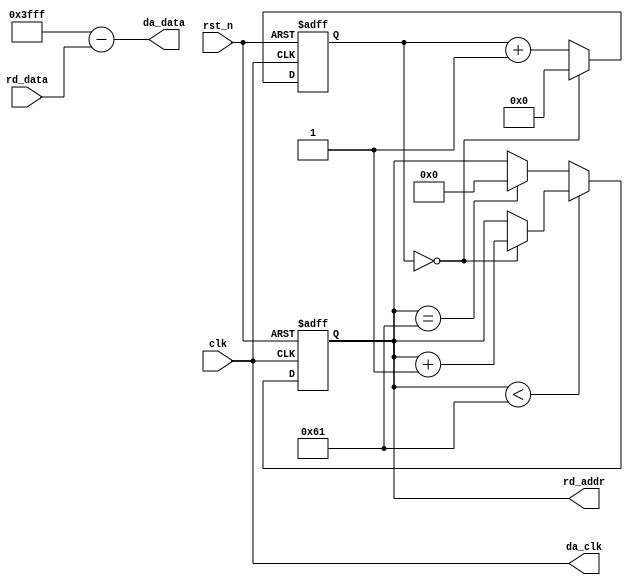
module dac_top(
	input clk,
	input rst_n,
	input [13:0] rd_data,
	output reg [6:0] rd_addr, //1024
	output [13:0] da_data,
	output da_clk
	);
	
parameter FREQ_ADJ = 10'd0;
reg [9:0] freq_cnt;

assign da_clk = clk;
assign da_data = 14'h3FFF - rd_data;
//
always @(posedge clk or negedge rst_n) begin
	if(rst_n == 1'b0)
		freq_cnt <= 10'd0;
	else if(freq_cnt == FREQ_ADJ)
		freq_cnt <= 10'd0;
	else
		freq_cnt <= freq_cnt + 10'd1;
end

//ROM
always @(posedge clk or negedge rst_n) begin
	if(rst_n == 1'b0)
		rd_addr <= 10'd0;
	else if (rd_addr < 10'd97)begin
		if(freq_cnt == FREQ_ADJ) begin
			rd_addr <= rd_addr + 10'd1;
		end
	end
	else if (rd_addr == 10'd97)
		rd_addr <= 10'd0;
end

endmodule